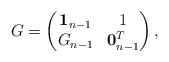
\begin{align*}G=\begin{pmatrix}\mathbf{1}_{n-1} & 1\\ G_{n-1} & \mathbf{0}_{n-1}^T\end{pmatrix},\end{align*}